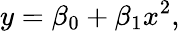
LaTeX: y=\beta_{0}+\beta_{1}x^{2},